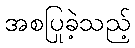
အစပြုခဲ့သည့်